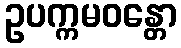
ဥပက္ကမဝန္တော